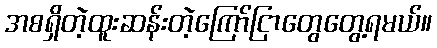
အစရှိတဲ့ထူးဆန်းတဲ့ကြော်ငြာတွေတွေ့ရမယ်။